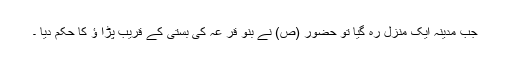
جب مدینہ ایک منزل رہ گیا تو حضور (ص) نے بنو قر عہ کی بستی کے قریب پڑا ؤ کا حکم دیا ۔